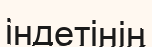
індетінің